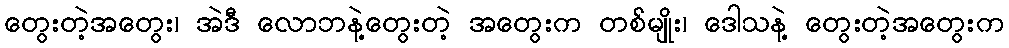
တွေးတဲ့အတွေး၊ အဲဒီ လောဘနဲ့တွေးတဲ့ အတွေးက တစ်မျိုး၊ ဒေါသနဲ့ တွေးတဲ့အတွေးက